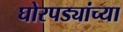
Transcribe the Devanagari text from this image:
घोरपड्यांच्या